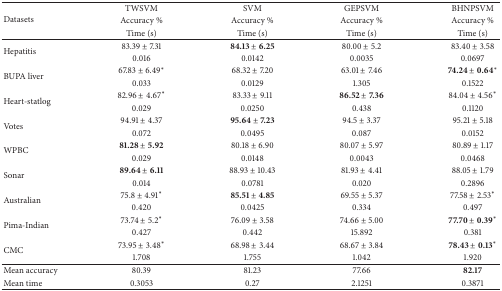
<table><thead><tr><td rowspan="3"><b> Datasets </b></td><td><b> TWSVM</b></td><td><b> SVM</b></td><td><b> GEPSVM </b></td><td><b> BHNPSVM </b></td></tr><tr><td><b> Accuracy % </b></td><td><b> Accuracy % </b></td><td><b> Accuracy %</b></td><td><b> Accuracy % </b></td></tr><tr><td><b> Time (s) </b></td><td><b> Time (s) </b></td><td><b> Time (s) </b></td><td><b> Time (s) </b></td></tr></thead><tbody><tr><td rowspan="2"> Hepatitis </td><td> 83.39 ± 7.31 </td><td><b>84.13 ± 6.25</b></td><td> 80.00 ± 5.2 </td><td> 83.40 ± 3.58</td></tr><tr><td> 0.016 </td><td> 0.0142 </td><td> 0.0035 </td><td> 0.0697</td></tr><tr><td rowspan="2">BUPA liver </td><td> 67.83 ± 6.49<sup>*</sup></td><td> 68.32 ± 7.20 </td><td> 63.01 ± 7.46 </td><td><b>74.24 ± 0.64</b><sup>*</sup></td></tr><tr><td> 0.033 </td><td> 0.0129 </td><td> 1.305 </td><td> 0.1522</td></tr><tr><td rowspan="2">Heart-statlog </td><td> 82.96 ± 4.67<sup>*</sup></td><td> 83.33 ± 9.11 </td><td><b>86.52 ± 7.36</b></td><td> 84.04 ± 4.56<sup>*</sup></td></tr><tr><td> 0.029 </td><td> 0.0250 </td><td> 0.438 </td><td> 0.1120 </td></tr><tr><td rowspan="2">Votes </td><td> 94.91 ± 4.37 </td><td><b>95.64 ± 7.23</b></td><td> 94.5 ± 3.37 </td><td> 95.21 ± 5.18</td></tr><tr><td> 0.072 </td><td> 0.0495 </td><td> 0.087 </td><td> 0.0152</td></tr><tr><td rowspan="2">WPBC </td><td><b>81.28 ± 5.92</b></td><td> 80.18 ± 6.90 </td><td> 80.07 ± 5.97 </td><td> 80.89 ± 1.17</td></tr><tr><td> 0.029 </td><td> 0.0148 </td><td> 0.0043 </td><td> 0.0468 </td></tr><tr><td rowspan="2">Sonar </td><td><b>89.64 ± 6.11</b></td><td> 88.93 ± 10.43 </td><td> 81.93 ± 4.41 </td><td> 88.05 ± 1.79 </td></tr><tr><td> 0.014 </td><td> 0.0781 </td><td> 0.020 </td><td> 0.2896</td></tr><tr><td rowspan="2">Australian </td><td> 75.8 ± 4.91<sup>*</sup></td><td><b>85.51 ± 4.85</b></td><td> 69.55 ± 5.37 </td><td> 77.58 ± 2.53<sup>*</sup></td></tr><tr><td> 0.420 </td><td> 0.0425 </td><td> 0.334 </td><td> 0.497</td></tr><tr><td rowspan="2">Pima-Indian </td><td> 73.74 ± 5.2<sup>*</sup></td><td> 76.09 ± 3.58</td><td> 74.66 ± 5.00 </td><td><b>77.70 ± 0.39</b><sup>*</sup></td></tr><tr><td> 0.427 </td><td> 0.442 </td><td> 15.892 </td><td> 0.381 </td></tr><tr><td rowspan="2">CMC </td><td> 73.95 ± 3.48<sup>*</sup></td><td> 68.98 ± 3.44 </td><td> 68.67 ± 3.84 </td><td><b>78.43 ± 0.13</b><sup>*</sup></td></tr><tr><td> 1.708 </td><td> 1.755 </td><td> 1.042 </td><td> 1.920</td></tr><tr><td> Mean accuracy</td><td> 80.39 </td><td> 81.23 </td><td> 77.66 </td><td><b>82.17</b></td></tr><tr><td>Mean time </td><td> 0.3053 </td><td> 0.27 </td><td> 2.1251 </td><td> 0.3871 </td></tr></tbody></table>